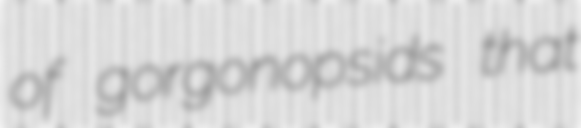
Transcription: of gorgonopsids that